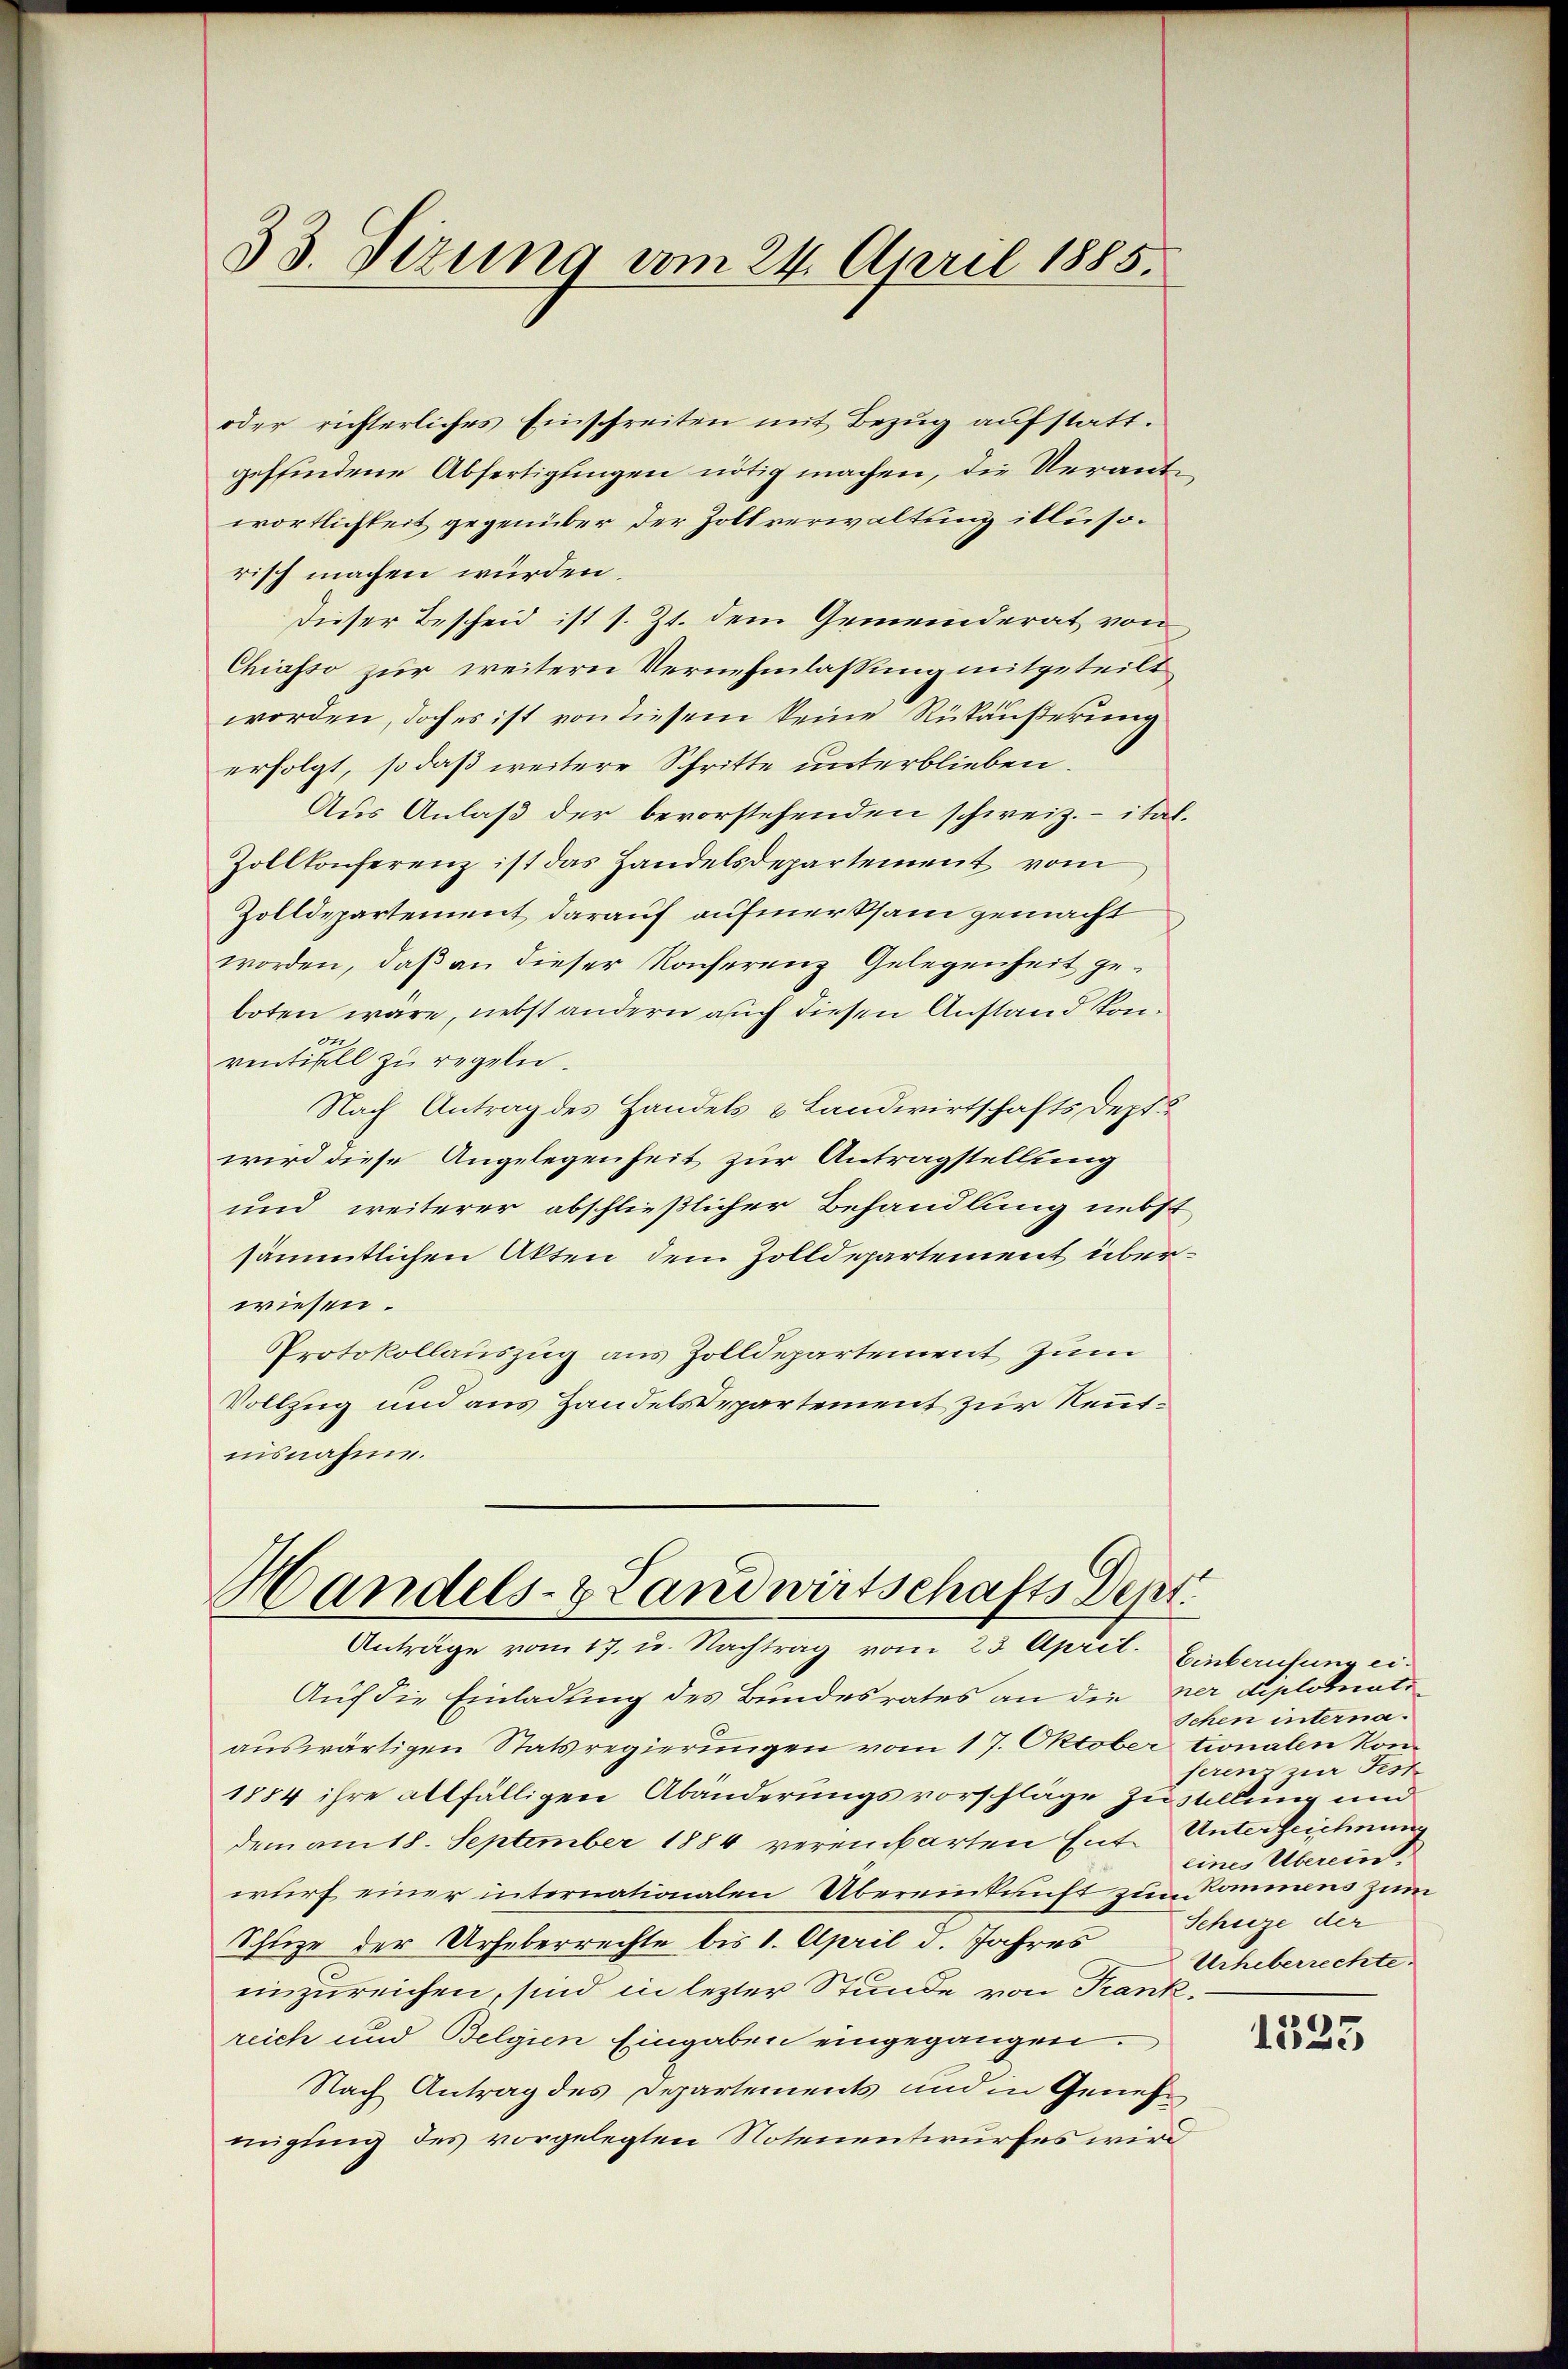
33. Sizung vom 24. April 1885.

oder richterliches Einschreiten mit Bezug aufstattgeffindene Abfertigungen nötig machen, die Verantwortlichkeit gegenüber der Zollverwaltung illusorisch machen würden.
Dieser Bescheid ist s. Zt. dem Gemeinderat von
Chiasso zur weitern Vernehmlassung mitgeteilt
worden, doch es ist von diesem keine Rükäußerung
erfolgt, so daß weitere Schritte unterblieben.
Aus Anlaß der bevorstehenden schweiz.- ital.
Zollkonferenz ist das Handelsdepartement vom
Zolldepartement darauf aufmerksam gemacht
worden, daß an dieser Konferenz Gelegenheit geboten wäre, nebst andern auch diesen Anstand konventisell zu regeln.
Nach Antrag des Handels & Landwirtschafts dept
wird diese Angelegenheit zur Antragstellung
und weiterer abschließlicher Behandlung nebst
sämmtlichen Akten dem Zolldepartement überwiesen.
Protokollauszug aus Zolldepartement zum
Vollzug und aus Handelsdepartement zur Kenntnisnahme.

Handels- & Landwirtschafts Dept.
Anträge vom 17. u. Nachtrag vom 23. April. Einberufung ei¬

Auf die Einladung des Bundesrates an die ner diplomate
auswärtigen Statsregierungen vom 17. Oktober
1884 ihre allfälligen Abänderungsvorschläge Zustellung und
dem am 18. September 1884 vereinbarten Ent- Unterzeichnun
wurf einer internationalen Übereinkunft zum Kommens zum
Schuze der Urheberrechte bis 1. April d. Jahres Schuze der
einzureichen, sind in lezter Stunde von Frank.
reich und Belgien Eingaben eingegangen.
Nach Antrag des Departements und in Genehmigung des vorgelegten Notenentwurfes wird

Schen interna.
tionalen Konseren zur Fest
eines Überein.
Urheberrechte.

1335